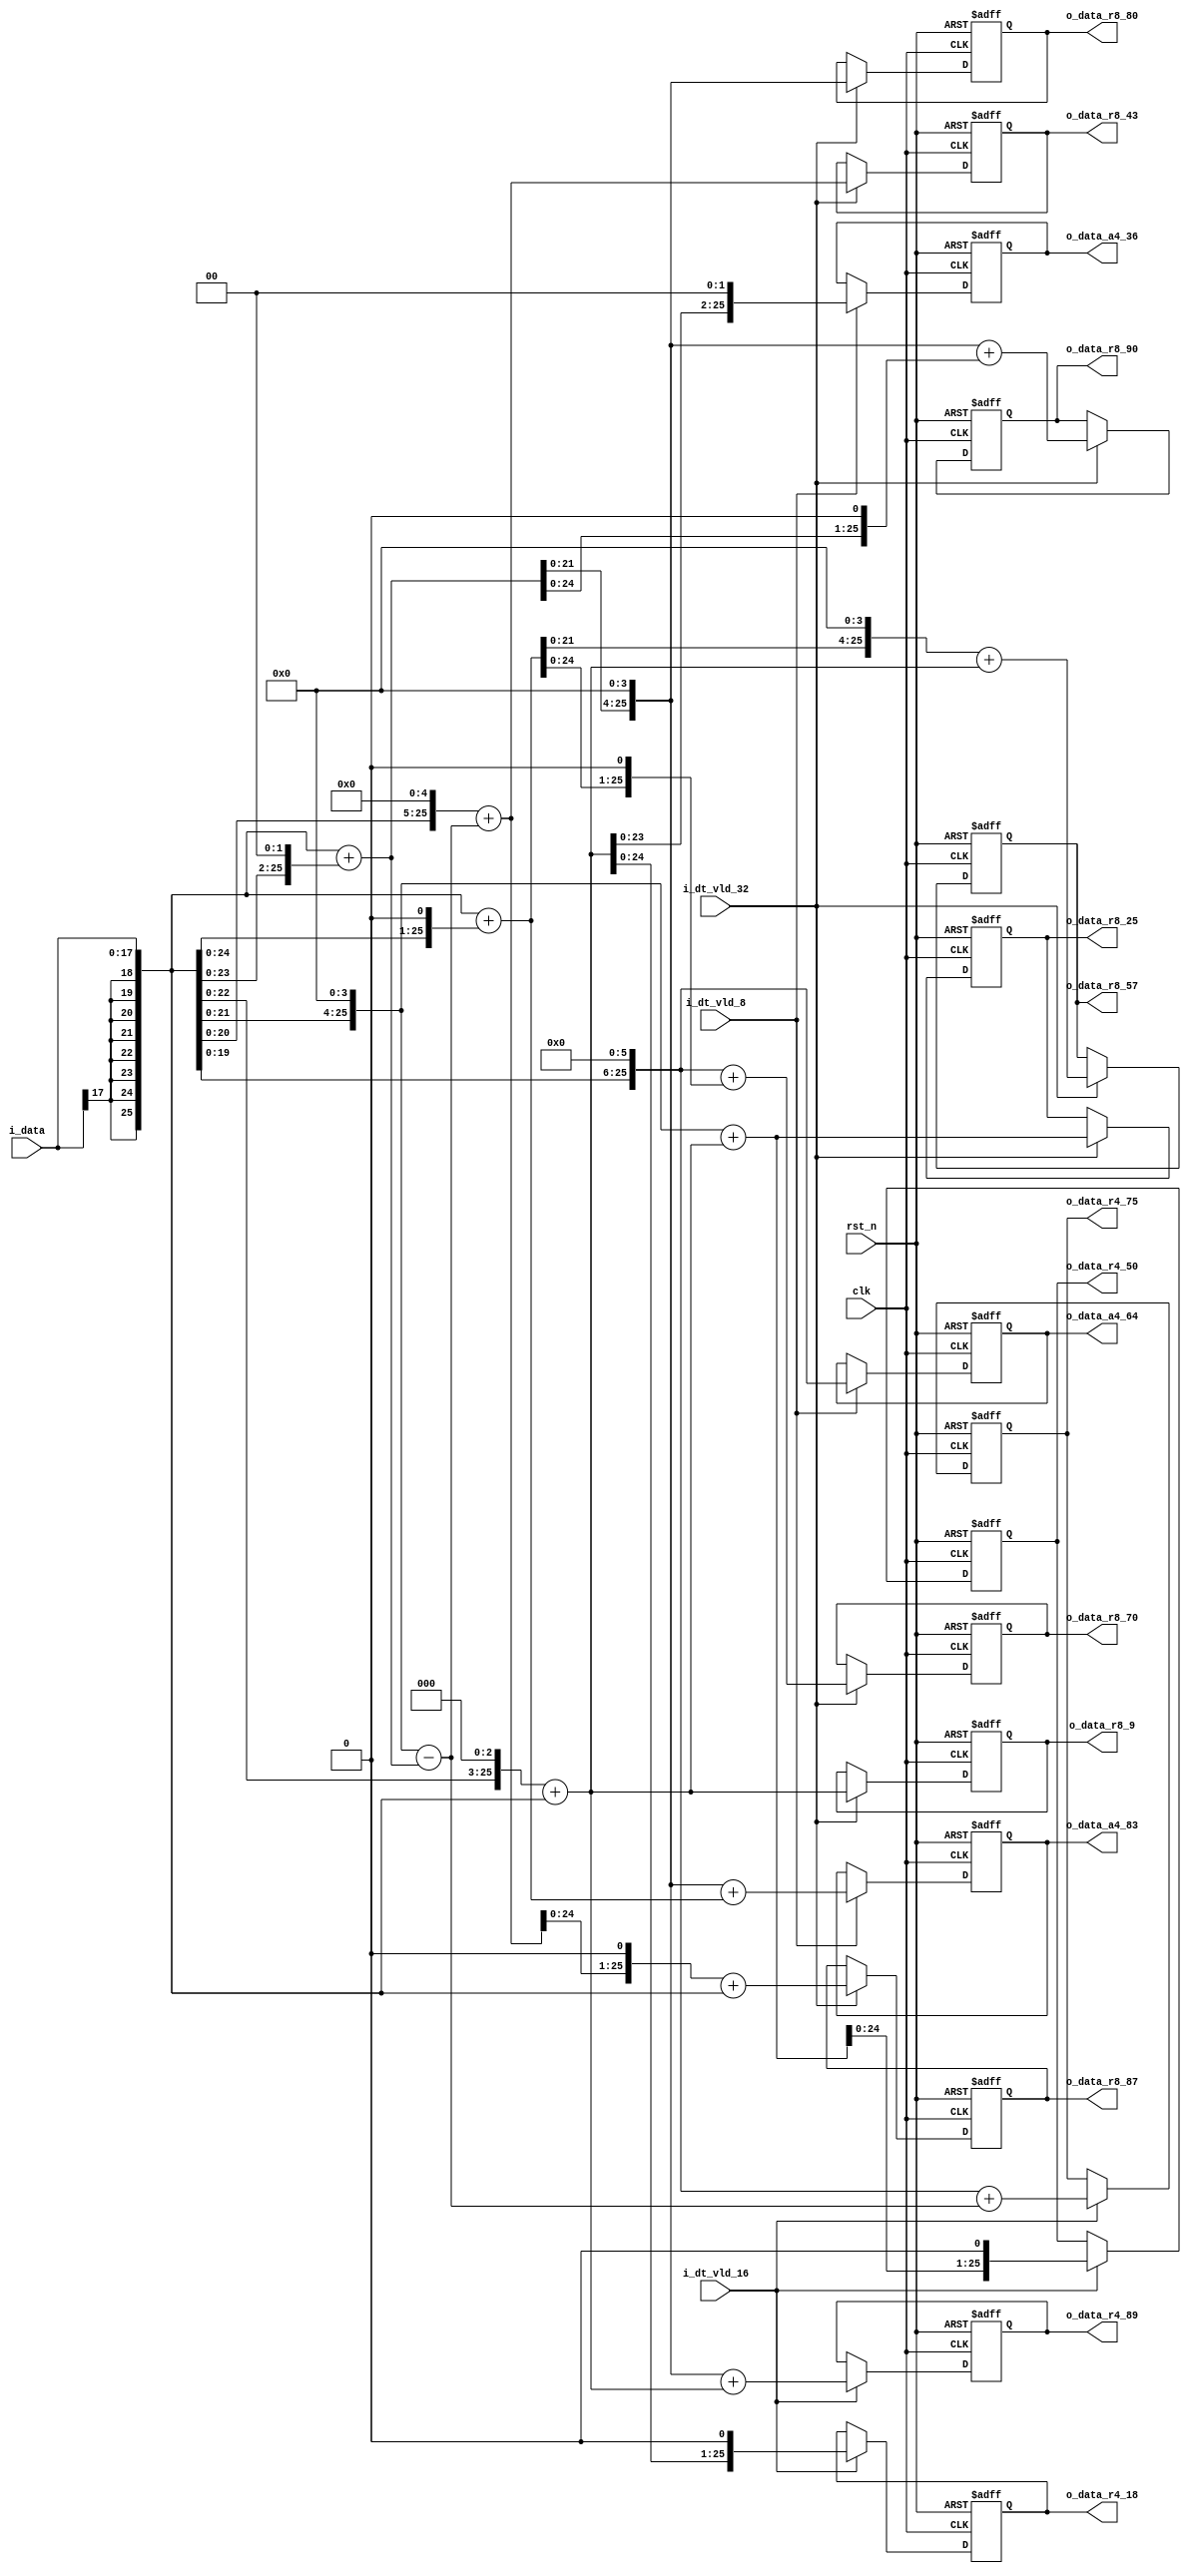
//company       : xm tech
//project name  : H265
//top module    : dct_top_2d.v
//data          : 2018.01.13
//delay         : 1 clk 
//describe      :
//modification  :
//v1.0          :

module re_level1_cal(
	clk            ,
	rst_n          ,
	i_dt_vld_32     ,//data valid
        i_dt_vld_16     ,
        i_dt_vld_8      ,
	i_data	       ,
//-------------r8---------//
	o_data_r8_9    ,    
        o_data_r8_25   ,
        o_data_r8_43   ,
        o_data_r8_57   ,
        o_data_r8_70   ,
        o_data_r8_80   ,
        o_data_r8_87   ,
        o_data_r8_90   ,
//-------------r4----------//
	o_data_r4_89   ,  
        o_data_r4_75   ,
        o_data_r4_50   ,
        o_data_r4_18   ,
//-------------a4----------//
	o_data_a4_64   ,  
        o_data_a4_36   ,
        o_data_a4_83   
);

input   	clk            ;
input   	rst_n          ;
input [17:0]	i_data	       ;
input  	        i_dt_vld_32     ;
input           i_dt_vld_16     ;
input           i_dt_vld_8      ;

//-------------------dct32x32--------------//
output  [25:0]     o_data_r8_9      ;      
output  [25:0]     o_data_r8_25     ;
output  [25:0]     o_data_r8_43     ;
output  [25:0]     o_data_r8_57     ;
output  [25:0]     o_data_r8_70     ;
output  [25:0]     o_data_r8_80     ;
output  [25:0]     o_data_r8_87     ;
output  [25:0]     o_data_r8_90     ;
//-------------------dct16x16---------------//
output  [25:0]     o_data_r4_89     ;
output  [25:0]     o_data_r4_75     ; 
output  [25:0]     o_data_r4_50     ; 
output  [25:0]     o_data_r4_18     ; 
//------------------dst_8x8------------------//
output  [25:0]     o_data_a4_64     ;
output  [25:0]     o_data_a4_36     ; 
output  [25:0]     o_data_a4_83     ; 
//------------------------------------------------//
wire [25:0]     data           ;
wire [25:0]     data_2         ;
wire [25:0]     data_4         ;
wire [25:0]     data_8         ;
wire [25:0]     data_16        ;
wire [25:0]     data_32        ;
wire [25:0]     data_64        ;
wire [25:0]     data_3         ;
wire [25:0]     data_5         ;
wire [25:0]     data_9         ;
wire [25:0]     data_6         ;
wire [25:0]     data_11        ;
wire [25:0]     data_48        ;
wire [25:0]     data_80        ;
wire [25:0]     data_10        ;
//-------------------dct32x32--------------//
wire [25:0]     data_r8_9      ;      
wire [25:0]     data_r8_25     ;
wire [25:0]     data_r8_43     ;
wire [25:0]     data_r8_57     ;
wire [25:0]     data_r8_70     ;
wire [25:0]     data_r8_80     ;
wire [25:0]     data_r8_87     ;
wire [25:0]     data_r8_90     ;
//-------------------dct16x16---------------//
wire [25:0]     data_r4_89     ;
wire [25:0]     data_r4_75     ; 
wire [25:0]     data_r4_50     ; 
wire [25:0]     data_r4_18     ; 
//-------------------dct8x8---------------//
wire [25:0]     data_a4_64     ;
wire [25:0]     data_a4_36     ; 
wire [25:0]     data_a4_83     ; 

//-------------------r8--------------//
reg  [25:0]     o_data_r8_9      ;      
reg  [25:0]     o_data_r8_25     ;
reg  [25:0]     o_data_r8_43     ;
reg  [25:0]     o_data_r8_57     ;
reg  [25:0]     o_data_r8_70     ;
reg  [25:0]     o_data_r8_80     ;
reg  [25:0]     o_data_r8_87     ;
reg  [25:0]     o_data_r8_90     ;
//-------------------r4---------------//
reg  [25:0]     o_data_r4_89     ;
reg  [25:0]     o_data_r4_75     ; 
reg  [25:0]     o_data_r4_50     ; 
reg  [25:0]     o_data_r4_18     ; 
//-------------------a4---------------//
reg  [25:0]     o_data_a4_64     ;
reg  [25:0]     o_data_a4_83     ; 
reg  [25:0]     o_data_a4_36     ; 
//----------------------------------------------------//
assign data    = {{8{i_data[17]}},i_data};
assign data_2  = {{7{i_data[17]}},i_data,1'b0};
assign data_4  = {{6{i_data[17]}},i_data,2'd0};
assign data_8  = {{5{i_data[17]}},i_data,3'd0};
assign data_16 = {{4{i_data[17]}},i_data,4'd0};
assign data_32 = {{3{i_data[17]}},i_data,5'd0};
assign data_64 = {{2{i_data[17]}},i_data,6'd0};

assign data_3  = data + data_2;
assign data_5  = data + data_4;  
assign data_9  = data_8 + data;
assign data_6  = {data_3[24:0],1'b0};
assign data_11 = data_16 - data_5;
assign data_48 = {data_6[22:0],3'd0};
assign data_80 = {data_10[22:0],3'd0};
assign data_10 = {data_5[24:0],1'b0};

//-----------------r8-------------------//
assign data_r8_9  = data_9;
assign data_r8_25 = data_16 + data_9;
assign data_r8_43 = data_32 + data_11;
assign data_r8_57 = data_48 + data_9;
assign data_r8_70 = data_64 + data_6;
assign data_r8_80 = data_80;
assign data_r8_87 = {data_r8_43[24:0],1'b0} + data;
assign data_r8_90 = data_80 + data_10;
//-----------------r4-------------------//
assign data_r4_89 = data_80 + data_9;
assign data_r4_75 = data_64 + data_11;
assign data_r4_50 = {data_r8_25[24:0],1'b0};
assign data_r4_18 = {data_9[24:0],1'b0};

//------------------a4--------------------//
assign data_a4_64 = data_64;
assign data_a4_83 = data_80 + data_3;
assign data_a4_36 = {data_9[23:0],2'd0};

//-------------reg out---------------------//
//---------------------------r8--------------------//
always @(posedge clk or negedge rst_n)
begin
	if(!rst_n)
		o_data_r8_9 <= 26'd0;
	else if(i_dt_vld_32)
		o_data_r8_9 <= data_r8_9;
end

always @(posedge clk or negedge rst_n)
begin
	if(!rst_n)
		o_data_r8_25 <= 26'd0;
	else if(i_dt_vld_32)
		o_data_r8_25 <= data_r8_25;
end

always @(posedge clk or negedge rst_n)
begin
	if(!rst_n)
		o_data_r8_43 <= 26'd0;
	else if(i_dt_vld_32)
		o_data_r8_43 <= data_r8_43;
end

always @(posedge clk or negedge rst_n)
begin
	if(!rst_n)
		o_data_r8_57 <= 26'd0;
	else if(i_dt_vld_32)
		o_data_r8_57 <= data_r8_57;
end

always @(posedge clk or negedge rst_n)
begin
	if(!rst_n)
		o_data_r8_70 <= 26'd0;
	else if(i_dt_vld_32)
		o_data_r8_70 <= data_r8_70;
end

always @(posedge clk or negedge rst_n)
begin
	if(!rst_n)
		o_data_r8_80 <= 26'd0;
	else if(i_dt_vld_32)
		o_data_r8_80 <= data_r8_80;
end

always @(posedge clk or negedge rst_n)
begin
	if(!rst_n)
		o_data_r8_87 <= 26'd0;
	else if(i_dt_vld_32)
		o_data_r8_87 <= data_r8_87;
end

always @(posedge clk or negedge rst_n)
begin
	if(!rst_n)
		o_data_r8_90 <= 26'd0;
	else if(i_dt_vld_32)
		o_data_r8_90 <= data_r8_90;
end
//------------------------------------r4-------------------//

always @(posedge clk or negedge rst_n)
begin
	if(!rst_n)
		o_data_r4_89 <= 26'd0;
	else if(i_dt_vld_16)
		o_data_r4_89 <= data_r4_89;
end

always @(posedge clk or negedge rst_n)
begin
	if(!rst_n)
		o_data_r4_75 <= 26'd0;
	else if(i_dt_vld_16)
		o_data_r4_75 <= data_r4_75;
end

always @(posedge clk or negedge rst_n)
begin
	if(!rst_n)
		o_data_r4_50 <= 26'd0;
	else if(i_dt_vld_16)
		o_data_r4_50 <= data_r4_50;
end

always @(posedge clk or negedge rst_n)
begin
	if(!rst_n)
		o_data_r4_18 <= 26'd0;
	else if(i_dt_vld_16)
		o_data_r4_18 <= data_r4_18;
end
//---------------------------------------a4---------------------------//
always @(posedge clk or negedge rst_n)
begin
	if(!rst_n)
		o_data_a4_64 <= 26'd0;
	else if(i_dt_vld_8)
		o_data_a4_64 <= data_a4_64;
end 

always @(posedge clk or negedge rst_n)
begin
	if(!rst_n)
		o_data_a4_83 <= 26'd0;
	else if(i_dt_vld_8)
		o_data_a4_83 <= data_a4_83;
end 

always @(posedge clk or negedge rst_n)
begin
	if(!rst_n)
		o_data_a4_36 <= 26'd0;
	else if(i_dt_vld_8)
		o_data_a4_36 <= data_a4_36;
end 


endmodule